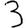
Digit: 3